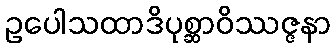
ဥပေါသထာဒိပုစ္ဆာဝိဿဇ္ဇနာ